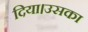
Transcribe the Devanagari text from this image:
दिया।उसका